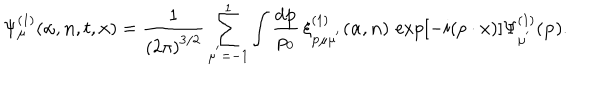
{ \Psi } _ { \mu } ^ { ( 1 ) } ( { \alpha } , { \bf n } , t , { \bf x } ) = { \frac { 1 } { { ( 2 \pi ) } ^ { 3 / 2 } } } \sum _ { \mu ^ { ' } = - 1 } ^ { 1 } \int \frac { d { \bf p } } { p _ { 0 } } \, { \xi } _ { \bf p \mu \mu ^ { ' } } ^ { ( 1 ) } ( { \alpha } , { \bf n } ) \, \exp [ - i ( p \cdot { x } ) ] { \Psi } _ { \mu ^ { ' } } ^ { ( 1 ) } ( { \bf p } ) .